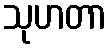
သုဟတာ